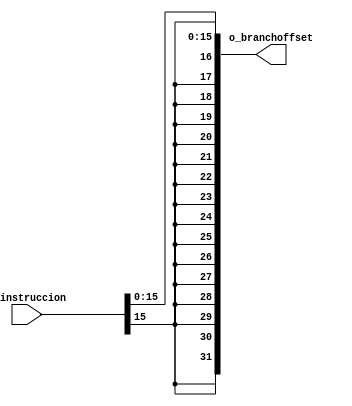
`timescale 1ns / 1ps
//////////////////////////////////////////////////////////////////////////////////
// Company: UNC FCEFyN
// 
// Design Name: 
// Module Name: EXTENSOR
// Project Name: MIPS
// Target Devices: 
// Tool Versions: 
// Description: 
// 
// Dependencies: 
// 
// Revision:
// Revision 0.01 - File Created
// Additional Comments:
// 
//////////////////////////////////////////////////////////////////////////////////


module EXTENSOR
   #(  //PARAMETERS
        parameter DATA_WIDTH = 32,
        parameter IMM_WIDTH = 16
    )
    (   //INPUTS
        input [DATA_WIDTH - 1:0]    i_instruccion,
        //OUTPUTS
        output [DATA_WIDTH - 1:0]   o_branchoffset
    );

    assign o_branchoffset = {{IMM_WIDTH{i_instruccion[IMM_WIDTH - 1]}}, i_instruccion[IMM_WIDTH - 1 : 0]};
endmodule